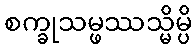
စက္ခုသမ္ဖဿသ္မိမ္ပိ